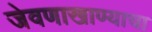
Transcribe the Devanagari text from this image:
जेवणाखाण्याचा